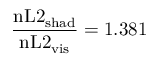
\frac { \mathrm { n L 2 _ { \mathrm { s h a d } } } } { \mathrm { n L 2 } _ { \mathrm { v i s } } } = 1 . 3 8 1